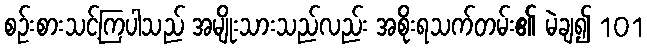
စဉ်းစားသင့်ကြပါသည် အမျိုးသားသည်လည်း အစိုးရသက်တမ်း၏ မဲချ၍ 101